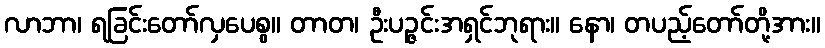
လာဘာ၊ ရခြင်းတော်လှပေစွ။ တာတ၊ ဦးပဉ္ဇင်းအရှင်ဘုရား။ နော၊ တပည့်တော်တို့အား။